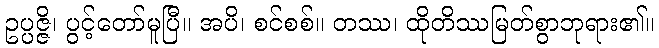
ဥပ္ပဇ္ဇိ၊ ပွင့်တော်မူပြီ။ အပိ၊ စင်စစ်။ တဿ၊ ထိုတိဿမြတ်စွာဘုရား၏။